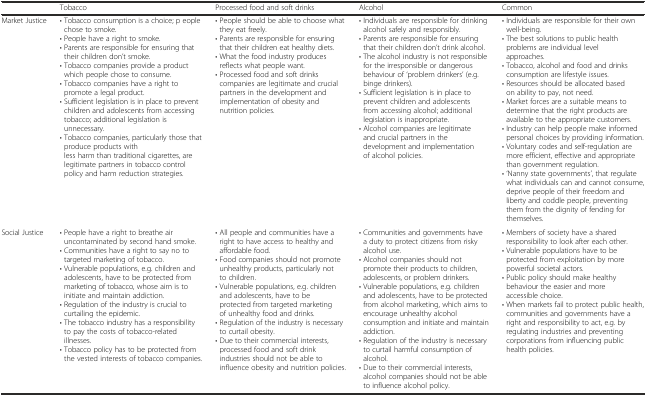
<table><thead><tr><td></td><td><b>Tobacco</b></td><td><b>Processed food and soft drinks</b></td><td><b>Alcohol</b></td><td><b>Common</b></td></tr></thead><tbody><tr><td>Market Justice</td><td>• Tobacco consumption is a choice; p eople chose to smoke.• People have a right to smoke.• Parents are responsible for ensuring that their children don’t smoke.• Tobacco companies provide a product which people chose to consume.• Tobacco companies have a right to promote a legal product.• Sufficient legislation is in place to prevent children and adolescents from accessing tobacco; additional legislation is unnecessary.• Tobacco companies, particularly those that produce products with less harm than traditional cigarettes, are legitimate partners in tobacco control policy and harm reduction strategies.</td><td>• People should be able to choose what they eat freely.• Parents are responsible for ensuring that their children eat healthy diets.• What the food industry produces reflects what people want.• Processed food and soft drinks companies are legitimate and crucial partners in the development and implementation of obesity and nutrition policies.</td><td>• Individuals are responsible for drinking alcohol safely and responsibly.• Parents are responsible for ensuring that their children don’t drink alcohol.• The alcohol industry is not responsible for the irresponsible or dangerous behaviour of ‘problem drinkers’ (e.g. binge drinkers).• Sufficient legislation is in place to prevent children and adolescents from accessing alcohol; additional legislation is inappropriate.• Alcohol companies are legitimate and crucial partners in the development and implementation of alcohol policies.</td><td>• Individuals are responsible for their own well-being.• The best solutions to public health problems are individual level approaches.• Tobacco, alcohol and food and drinks consumption are lifestyle issues.• Resources should be allocated based on ability to pay, not need.• Market forces are a suitable means to determine that the right products are available to the appropriate customers.• Industry can help people make informed personal choices by providing information.• Voluntary codes and self-regulation are more efficient, effective and appropriate than government regulation.• ‘Nanny state governments’, that regulate what individuals can and cannot consume, deprive people of their freedom and liberty and coddle people, preventing them from the dignity of fending for themselves.</td></tr><tr><td>Social Justice</td><td>• People have a right to breathe air uncontaminated by second hand smoke.• Communities have a right to say no to targeted marketing of tobacco.• Vulnerable populations, e.g. children and adolescents, have to be protected from marketing of tobacco, whose aim is to initiate and maintain addiction.• Regulation of the industry is crucial to curtailing the epidemic.• The tobacco industry has a responsibility to pay the costs of tobacco-related illnesses.• Tobacco policy has to be protected from the vested interests of tobacco companies.</td><td>• All people and communities have a right to have access to healthy and affordable food.• Food companies should not promote unhealthy products, particularly not to children.• Vulnerable populations, e.g. children and adolescents, have to be protected from targeted marketing of unhealthy food and drinks.• Regulation of the industry is necessary to curtail obesity.• Due to their commercial interests, processed food and soft drink industries should not be able to influence obesity and nutrition policies.</td><td>• Communities and governments have a duty to protect citizens from risky alcohol use.• Alcohol companies should not promote their products to children, adolescents, or problem drinkers.• Vulnerable populations, e.g. children and adolescents, have to be protected from alcohol marketing, which aims to encourage unhealthy alcohol consumption and initiate and maintain addiction.• Regulation of the industry is necessary to curtail harmful consumption of alcohol.• Due to their commercial interests, alcohol companies should not be able to influence alcohol policy.</td><td>• Members of society have a shared responsibility to look after each other.• Vulnerable populations have to be protected from exploitation by more powerful societal actors.• Public policy should make healthy behaviour the easier and more accessible choice.• When markets fail to protect public health, communities and governments have a right and responsibility to act, e.g. by regulating industries and preventing corporations from influencing public health policies.</td></tr></tbody></table>